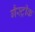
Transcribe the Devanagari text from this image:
गैस्ट्रीक